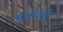
ભૂખમરાની